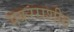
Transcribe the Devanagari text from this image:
मकरराशीत